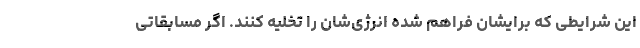
این شرایطی که برایشان فراهم شده انرژی‌شان را تخلیه کنند. اگر مسابقاتی